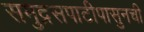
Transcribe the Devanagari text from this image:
समुद्रसपाटीपासुनची